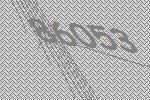
86053